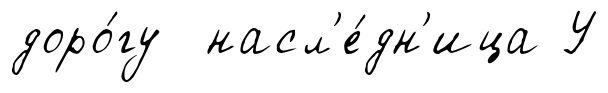
доро́гу насл'е́дн'ица У